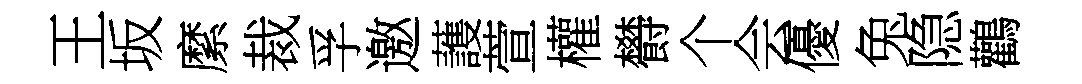
王坂縻裁孚邀䕶萱權欎个会優兔隐鸛